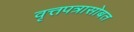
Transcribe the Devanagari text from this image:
वृत्तपत्रासोबत